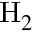
\mathrm { H } _ { 2 }